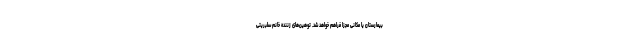
بیمارستان یا مکانی مجزا فراهم خواهد شد. توهین‌های زننده خانم سلبریتی